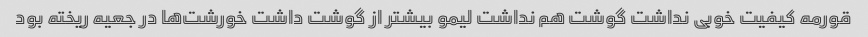
قورمه کیفیت خوبی نداشت گوشت هم نداشت لیمو بیشتر از گوشت داشت خورشت‌ها در جعیه ریخته بود